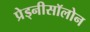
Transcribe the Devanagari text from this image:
प्रेड्नीसॉलोन